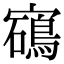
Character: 𡫰